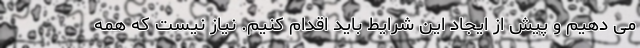
می دهیم و پیش از ایجاد این شرایط باید اقدام کنیم. نیاز نیست که همه